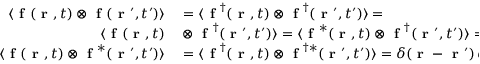
\begin{array} { r l } { \langle \textbf { f } \! \left( \textbf { r } , t \right) \otimes \textbf { f } \! \left( \textbf { r } ^ { \prime } , t ^ { \prime } \right) \rangle } & { { } = \langle \textbf { f } ^ { \dag } \! \left( \textbf { r } , t \right) \otimes \textbf { f } ^ { \dag } \! \left( \textbf { r } ^ { \prime } , t ^ { \prime } \right) \rangle = } \\ { \langle \textbf { f } \! \left( \textbf { r } , t \right) } & { { } \otimes \textbf { f } ^ { \dag } \! \left( \textbf { r } ^ { \prime } , t ^ { \prime } \right) \rangle = \langle \textbf { f } ^ { * } \! \left( \textbf { r } , t \right) \otimes \textbf { f } ^ { \dag } \! \left( \textbf { r } ^ { \prime } , t ^ { \prime } \right) \rangle = 0 , } \\ { \langle \textbf { f } \! \left( \textbf { r } , t \right) \otimes \textbf { f } ^ { * } \! \left( \textbf { r } ^ { \prime } , t ^ { \prime } \right) \rangle } & { { } = \langle \textbf { f } ^ { \dag } \! \left( \textbf { r } , t \right) \otimes \textbf { f } ^ { \dag * } \! \left( \textbf { r } ^ { \prime } , t ^ { \prime } \right) \rangle = \delta \! \left( \textbf { r } - \textbf { r } ^ { \prime } \right) \delta \! \left( t - t ^ { \prime } \right) \mathbb { I } . } \end{array}